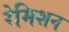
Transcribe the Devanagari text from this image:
रेमिशन